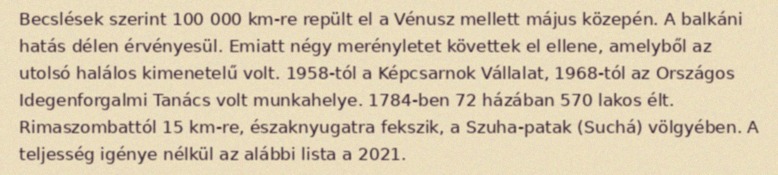
Becslések szerint 100 000 km-re repült el a Vénusz mellett május közepén. A balkáni hatás délen érvényesül. Emiatt négy merényletet követtek el ellene, amelyből az utolsó halálos kimenetelű volt. 1958-tól a Képcsarnok Vállalat, 1968-tól az Országos Idegenforgalmi Tanács volt munkahelye. 1784-ben 72 házában 570 lakos élt. Rimaszombattól 15 km-re, északnyugatra fekszik, a Szuha-patak (Suchá) völgyében. A teljesség igénye nélkül az alábbi lista a 2021.